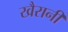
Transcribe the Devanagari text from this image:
खैरानी